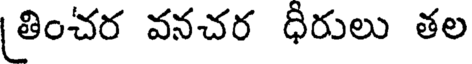
తించర వనచర ధీరులు తల